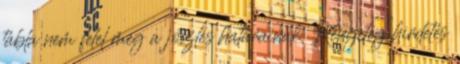
tábla nem felel meg a jóizlés határainak. Rengeteg hirdetés